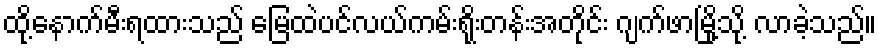
ထို့နောက်မီးရထားသည် မြေထဲပင်လယ်ကမ်းရိုးတန်းအတိုင်း ဂျက်ဖာမြို့သို့ လာခဲ့သည်။